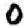
Digit: 0